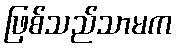
ဖြစ်သည်သာမက